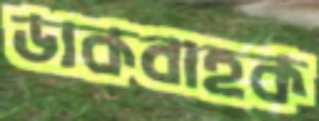
ডাকবাহক